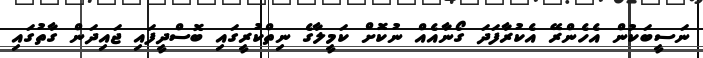
ނަސީބަކުން އެހެންރޭ އެކުރާފަދަ ގޯނާއެއް ނުކޮށް ކަމީލާގެ ނިތްކުރީގައި ބޮސްދީފައި ޖައިދަން ގާތުގައި